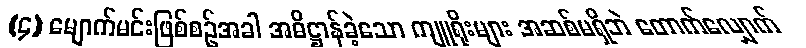
(၄) မျောက်မင်းဖြစ်စဉ်အခါ အဓိဋ္ဌာန်ခဲ့သော ကျူရိုးများ အဆစ်မရှိဘဲ တောက်လျှောက်